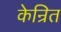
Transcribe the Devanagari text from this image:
केन्रित